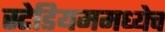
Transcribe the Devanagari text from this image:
स्टेडियममध्येच